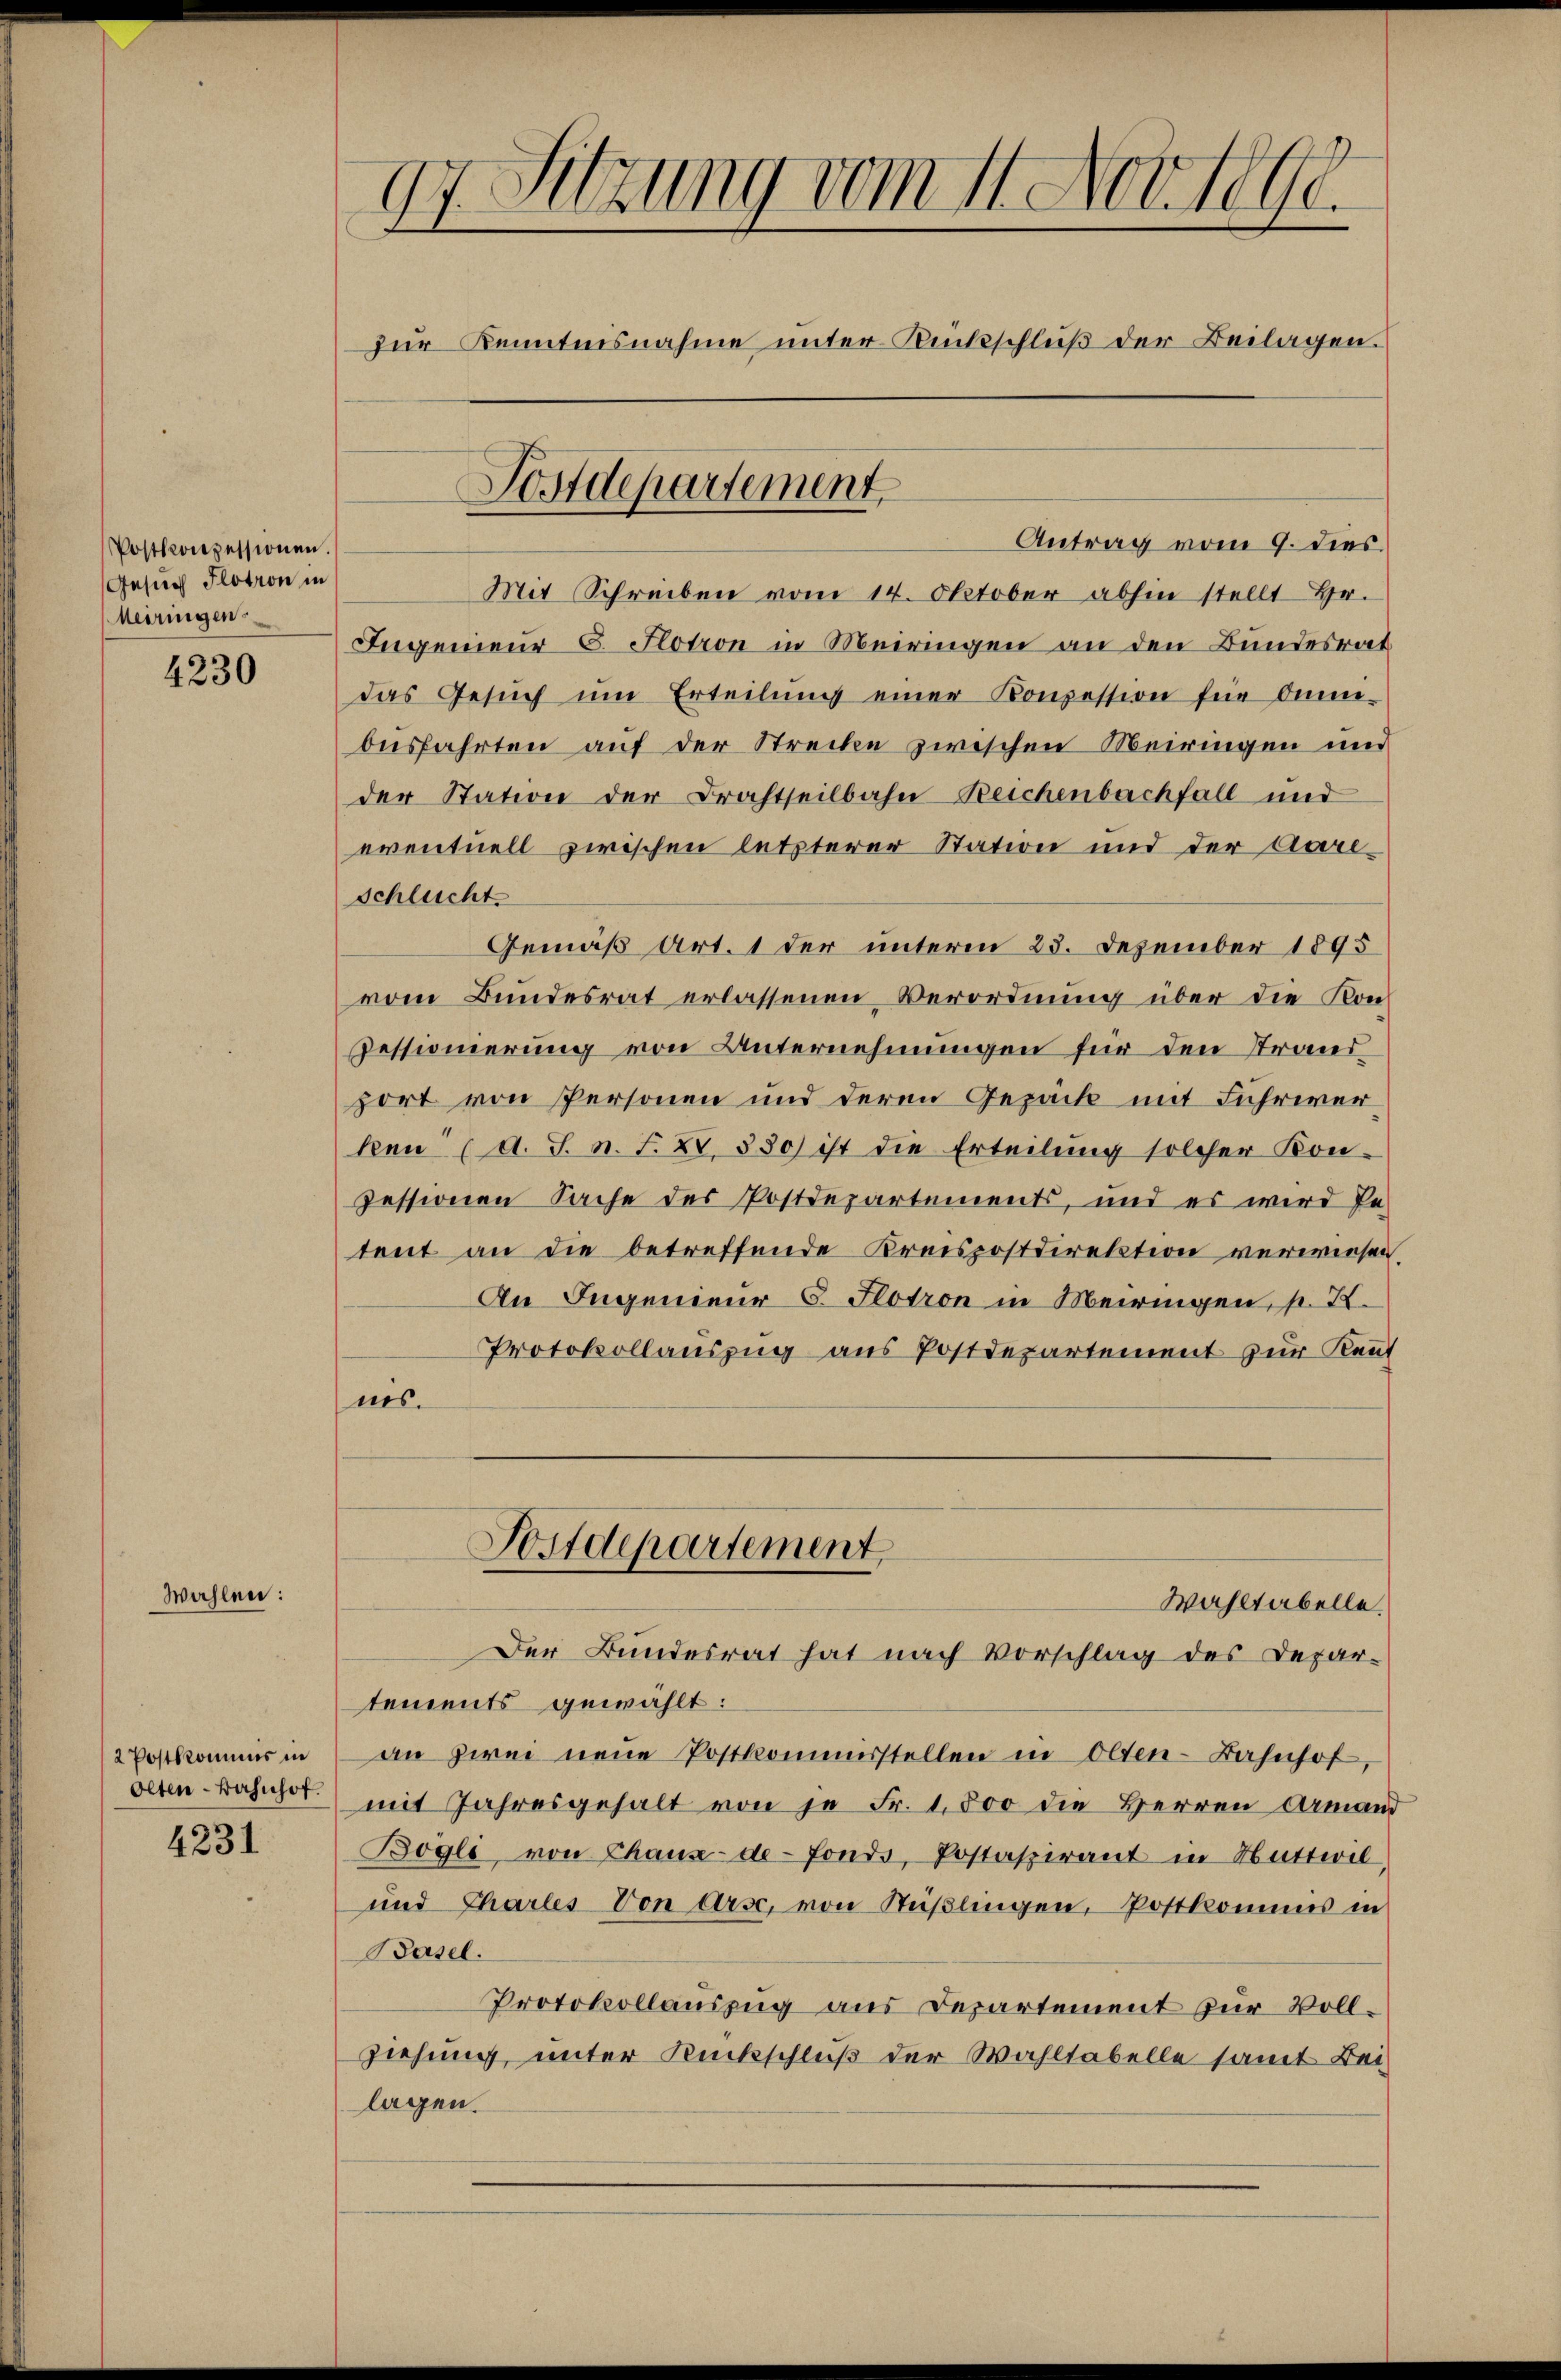
Postkonzessionen.
Gesuch Flotion in
Meiringen.

4230

Wahlen:

2 Postkkommnis in
Olten-Bahnhof.

4231

97. Sitzung vom 11. Nov. 1890.
zur Kenntnisnahme unter Rückschluß der Beilagen.

Mit Schreiben vom 14. Oktober abhin stellt Hr.
Ingenieur 8. Flotion in Meiringen an den Bundesrat
das Gesŭch ŭm Erteilŭng einer Konzession für Onmi-
busfahrten auf der Strecke zwischen Meiringen und
der Station der Brachtheilbahn-Reichenbachfall und
eventuell zwischen letzterer Station und der Aareschlucht
Gemäß Art. 1 der unterm 23. Dezember 1895
vom Bundesrat erlassenen Verordnung über die Kon¬
Pessionierung von Unternehmungen für den Trandport von spersonen und deren Gepäck mit Fuhrwerken (d. S. n. F. XV. 380) ist die Erteilung solcher Kon-
zessionen Sache des Postdepartements, und es wird Pe-
tent an die betreffende Kreispostdirektion verwiesen.
An Ingenieur 8. Potron in Meiringen, p. X.
Protokollauszug aus Postdepartement zur Kent
nes.

Postdepartement

Antrag vom 9. dies.

Postdepartement
Wahltabelle
Der Bundesrat hat nach Vorschlag des Depar-

tements gewählt:
an zwei neue Postkommisstellen in Olten-Bahnhof,
mit Jahresgehalt von je Fr. 1,500 die Herren Armand
Bogli von Chaux-de-Fonds, Postaspirant in Nuttwil,
und Charles von Arse, von Süßlingen, Postkommis in
Basel.
Protokollauszug aus Departement zur Vollziehung unter Rückschluß der Wahltabelle samt Bei-
lagen.